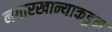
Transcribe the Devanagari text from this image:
नगारखान्याकडून